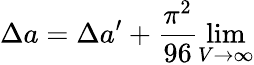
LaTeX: \Delta a=\Delta a^{\prime}+{\frac{\pi^{2}}{96}\operatorname*{lim}_{V\rightarrow\infty}}